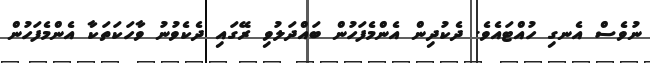
ނުވެސް އެނގި ހުއްޓައެވެ. ދެކުދިން އެންމެފަހުން ބައްދަލުވި ރޭގައި ދެކެވުނު ވާހަކަތަކާ އެންމެފަހުން